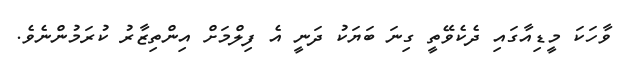
ވާހަކަ މީޑިއާގައި ދެކެވޭތީ ގިނަ ބަޔަކު ދަނީ އެ ފިލްމަށް އިންތިޒާރު ކުރަމުންނެވެ.